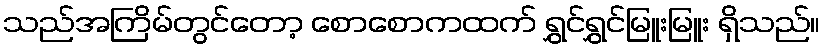
သည်အကြိမ်တွင်တော့ စောစောကထက် ရွှင်ရွှင်မြူးမြူး ရှိသည်။